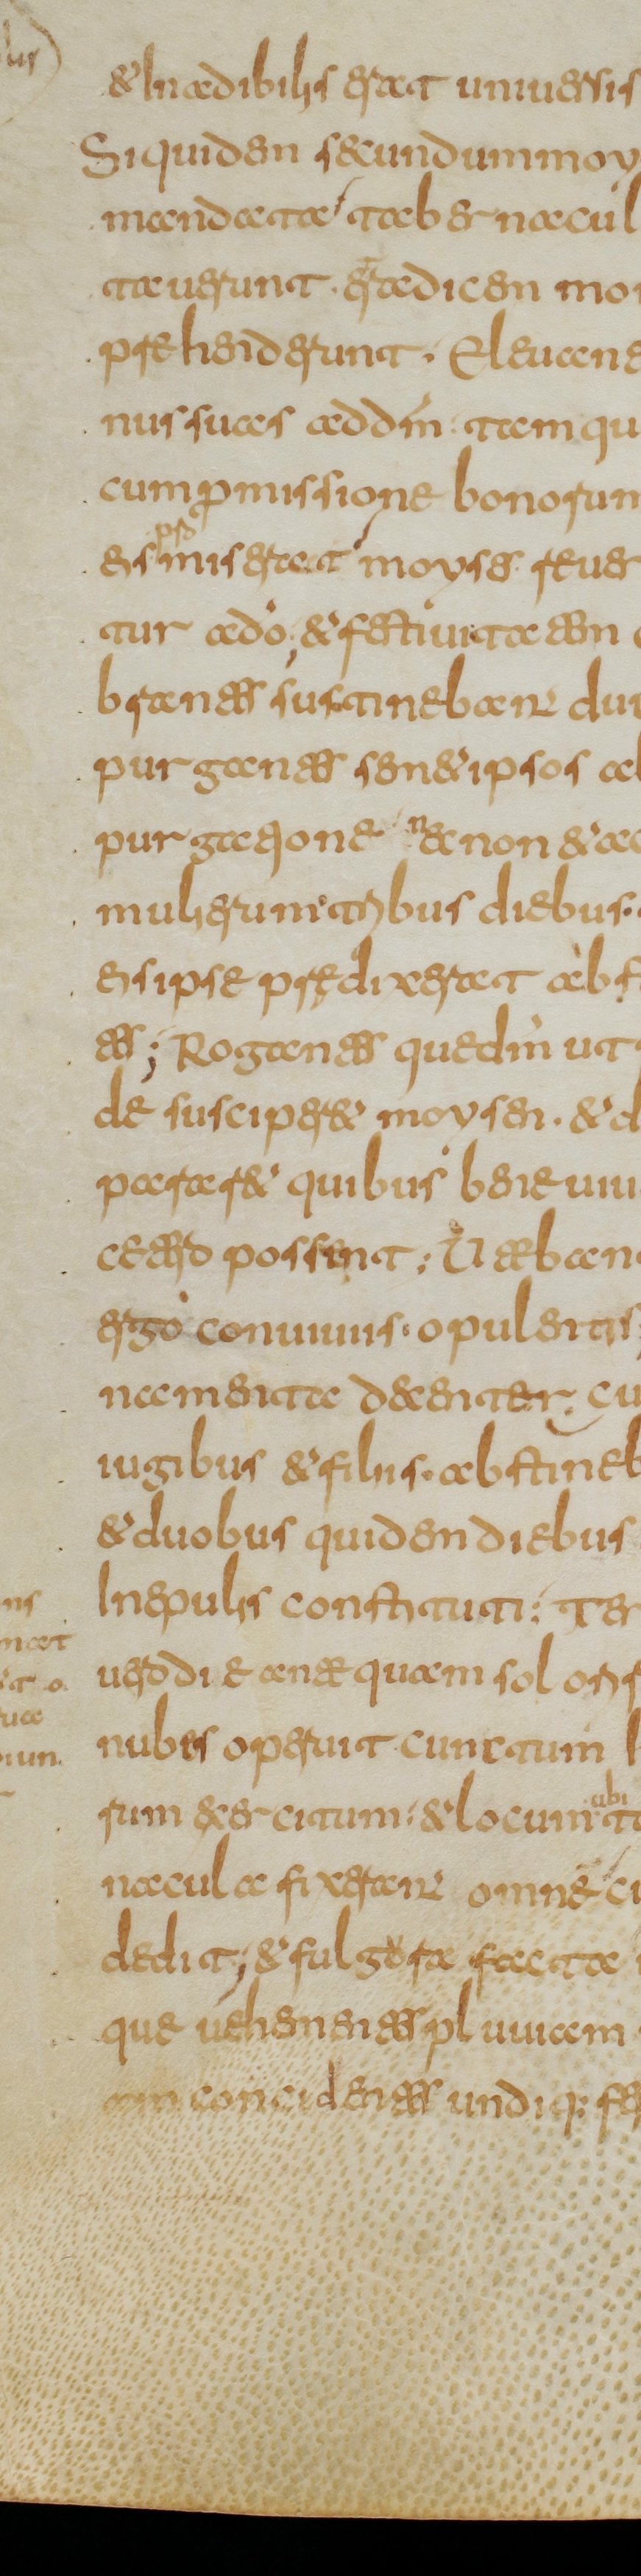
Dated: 800–849